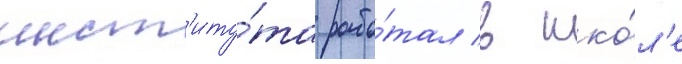
инст'иту́та рабо́тал в шко́л'е